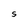
Character: S